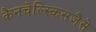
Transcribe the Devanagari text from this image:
कैनचेल्स्किसजैसे